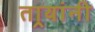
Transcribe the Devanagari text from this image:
तार्‍यांनी